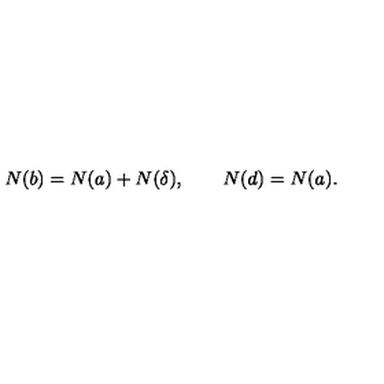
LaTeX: N ( b ) = N ( a ) + N ( \delta ) , \qquad N ( d ) = N ( a ) .